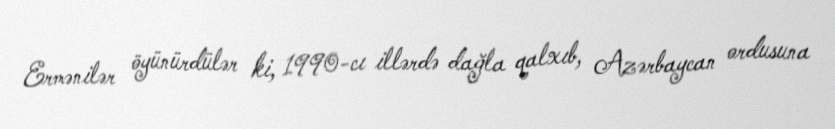
Ermənilər öyünürdülər ki, 1990-cı illərdə dağla qalxıb, Azərbaycan ordusuna